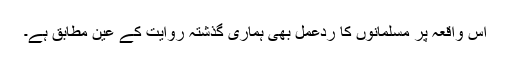
اس واقعہ پر مسلمانوں کا ردعمل بھی ہماری گذشتہ روایت کے عین مطابق ہے۔